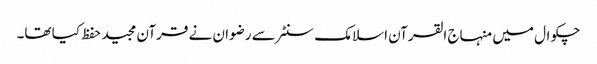
چکوال میں منہاج القرآن اسلامک سنٹر سے رضوان نے قرآن مجید حفظ کیا تھا۔